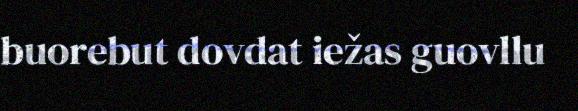
buorebut dovdat iežas guovllu